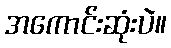
အကောင်းဆုံးပဲ။